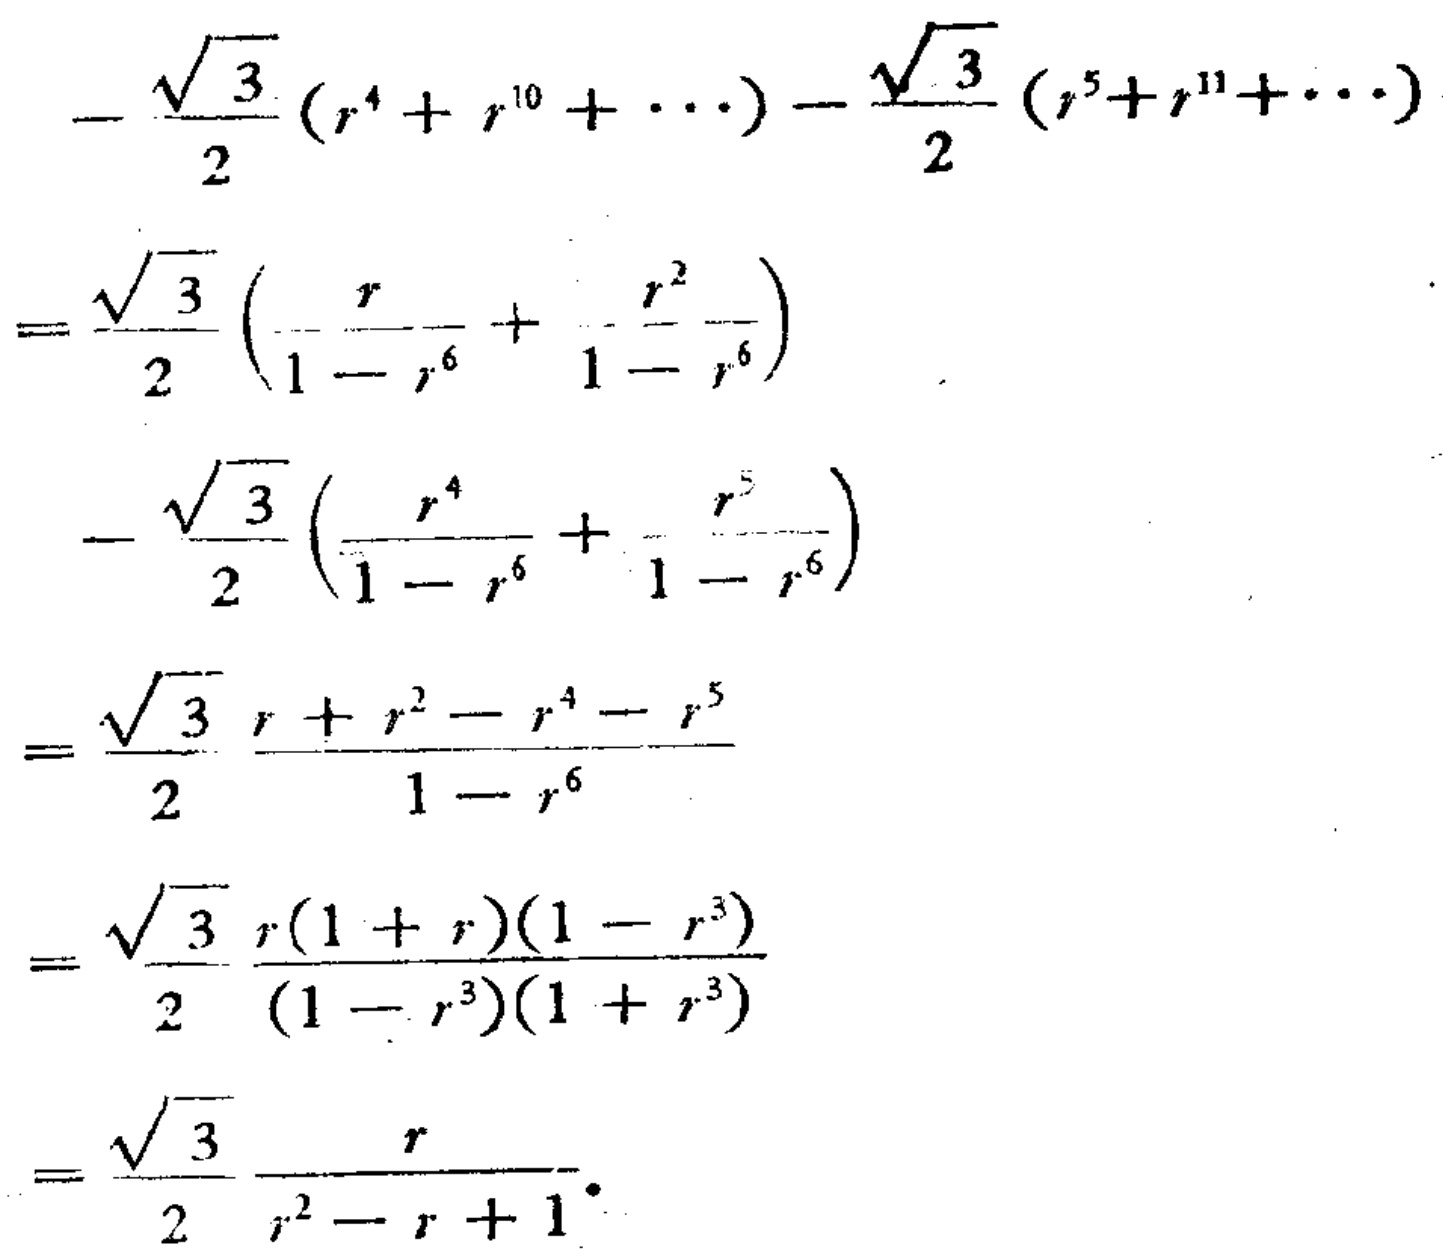
\[
\begin{align*}
&-\frac{\sqrt{3}}{2}(r^{4}+r^{10}+\cdots)-\frac{\sqrt{3}}{2}(r^{5}+r^{11}+\cdots)\\
=&\frac{\sqrt{3}}{2}\left(\frac{r}{1 - r^{6}}+\frac{r^{2}}{1 - r^{6}}\right)-\frac{\sqrt{3}}{2}\left(\frac{r^{4}}{1 - r^{6}}+\frac{r^{5}}{1 - r^{6}}\right)\\
=&\frac{\sqrt{3}}{2}\frac{r + r^{2}-r^{4}-r^{5}}{1 - r^{6}}\\
=&\frac{\sqrt{3}}{2}\frac{r(1 + r)(1 - r^{3})}{(1 - r^{3})(1 + r^{3})}\\
=&\frac{\sqrt{3}}{2}\frac{r}{r^{2}-r + 1}
\end{align*}
\]